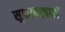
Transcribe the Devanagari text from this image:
सुपरबाज़ारों